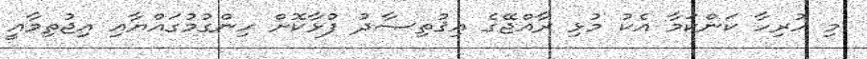
މި ހުރިހާ ކަންކަމާ އެކު މުޅި ރާއްޖޭގެ އިޤުތިޞާދު ފުޅާކޮށް ހިންގުމުގައްޔާއި އިޖުތިމާއީ